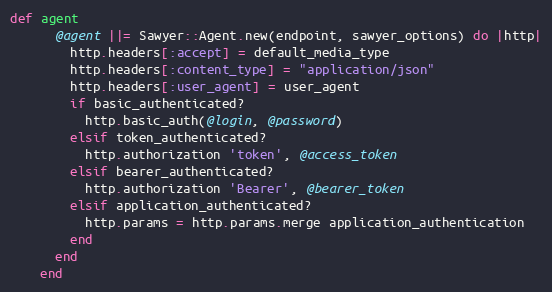
Language: Ruby
def agent
      @agent ||= Sawyer::Agent.new(endpoint, sawyer_options) do |http|
        http.headers[:accept] = default_media_type
        http.headers[:content_type] = "application/json"
        http.headers[:user_agent] = user_agent
        if basic_authenticated?
          http.basic_auth(@login, @password)
        elsif token_authenticated?
          http.authorization 'token', @access_token
        elsif bearer_authenticated?
          http.authorization 'Bearer', @bearer_token
        elsif application_authenticated?
          http.params = http.params.merge application_authentication
        end
      end
    end